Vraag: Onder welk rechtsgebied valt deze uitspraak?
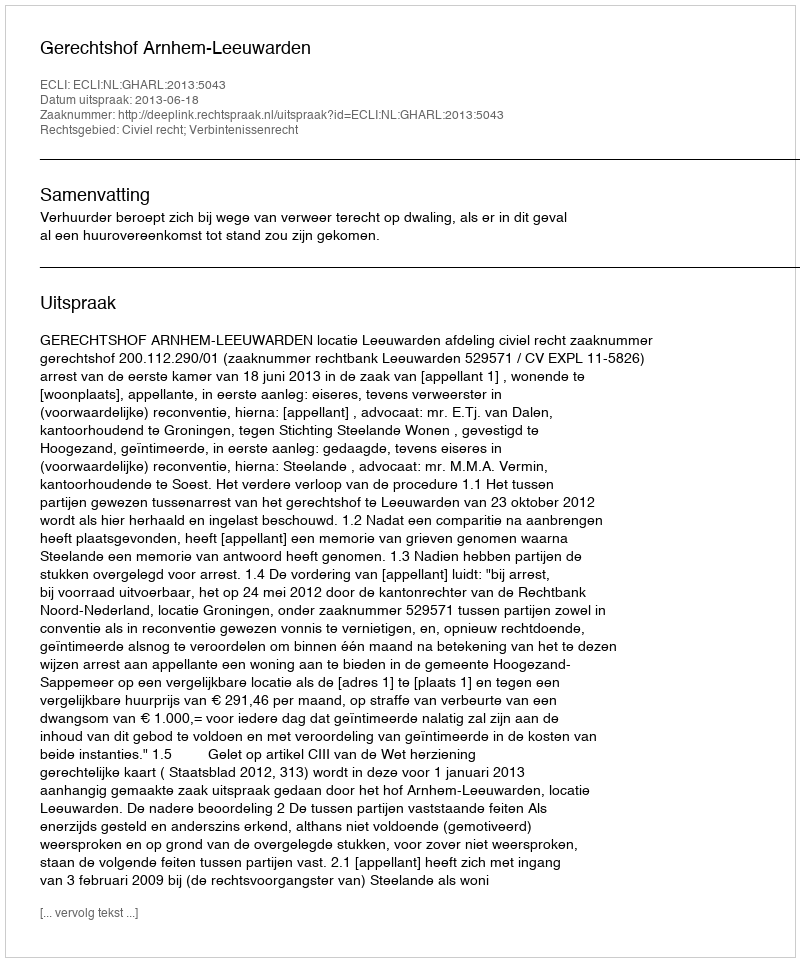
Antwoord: Civiel recht; Verbintenissenrecht